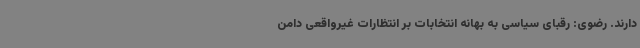
دارند. رضوی: رقبای سیاسی به بهانه انتخابات بر انتظارات غیرواقعی دامن